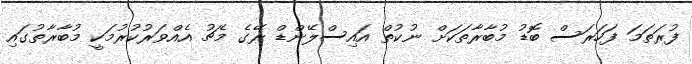
ފުރަތަމަ ފަހަރަސް ބޮޑު މުބާރާތަކަށް ނުކުތް އައިސްލޭންޑް ރޭގެ މެޗު އެއްވަރުކުރުމަކީ މުބާރާތުގައި